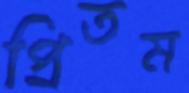
প্রিতম